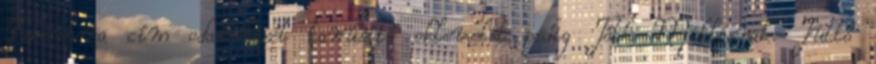
Fehérbora cím odaítélését tanúsító oklevelet pedig Tóth Miklósnak. Tüttő